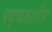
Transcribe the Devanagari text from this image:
पद्घतशीर